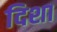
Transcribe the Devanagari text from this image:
दिशा